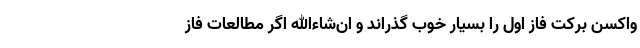
واکسن برکت فاز اول را بسیار خوب گذراند و ان‌شاءالله اگر مطالعات فاز